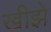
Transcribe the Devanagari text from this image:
खीझे